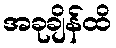
အခုချိန်ထိ